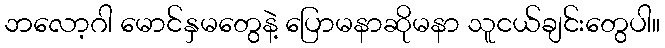
ဘလော့ဂါ မောင်နှမတွေနဲ့ ပြောမနာဆိုမနာ သူငယ်ချင်းတွေပါ။